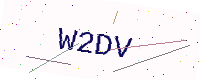
Text: W2DV